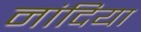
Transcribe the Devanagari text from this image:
नांदिया